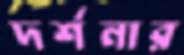
দর্শনার